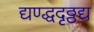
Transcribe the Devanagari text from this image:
द्यण्द्धदृठ्ठद्य